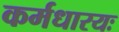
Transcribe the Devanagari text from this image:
कर्मधारयः